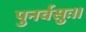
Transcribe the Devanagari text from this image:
पुनर्वसुः।।